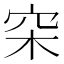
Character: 穼